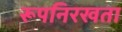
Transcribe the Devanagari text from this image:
रूपनिरखता